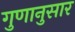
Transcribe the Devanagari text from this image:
गुणानुसार